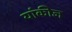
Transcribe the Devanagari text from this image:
यांकीज